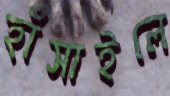
হাঁসাইলে